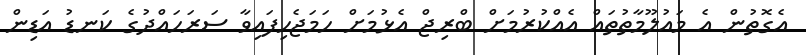
އެގޮތުން އެ މައުލޫމާތުތައް އެއްކުރުމަށް ބްރިޖް އެޅުމަށް ހަމަޖެހިފައިވާ ސަރަހައްދުގެ ކަނޑު އަޑިން